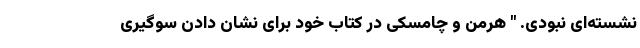
نشسته‌ای نبودی. " هرمن و چامسکی در کتاب خود برای نشان دادن سوگیری